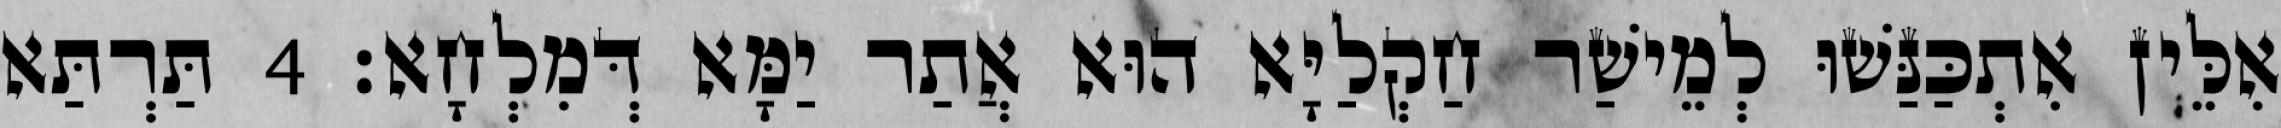
אִלֵּין אִתְכַּנַּשׁוּ לְמֵישַׁר חַקְלַיָּא הוּא אֲתַר יַמָּא דְּמִלְחָא׃ 4 תַּרְתַּא